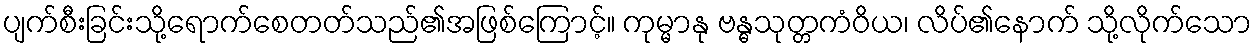
ပျက်စီးခြင်းသို့ရောက်စေတတ်သည်၏အဖြစ်ကြောင့်။ ကုမ္မာနု ဗန္ဓသုတ္တကံဝိယ၊ လိပ်၏နောက် သို့လိုက်သော